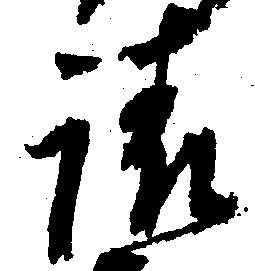
請